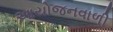
આયોજનવાળી